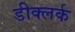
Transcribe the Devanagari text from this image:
डीक्लर्क